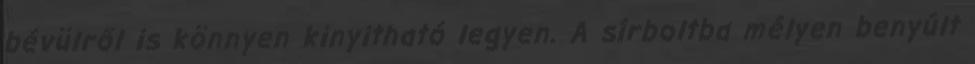
bévülről is könnyen kinyitható legyen. A sírboltba mélyen benyúlt